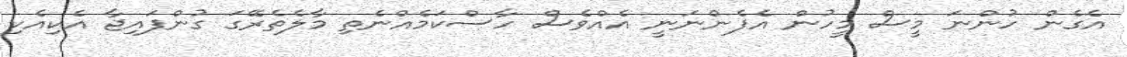
އެގެން ހުންނަ މީސް މީހުން އެފެންނަނީ އެއްވެސް ހާސްކަމެއްނެތި މާލެތެރޭގަ ގުންފައިޖާ އެކިއެކި